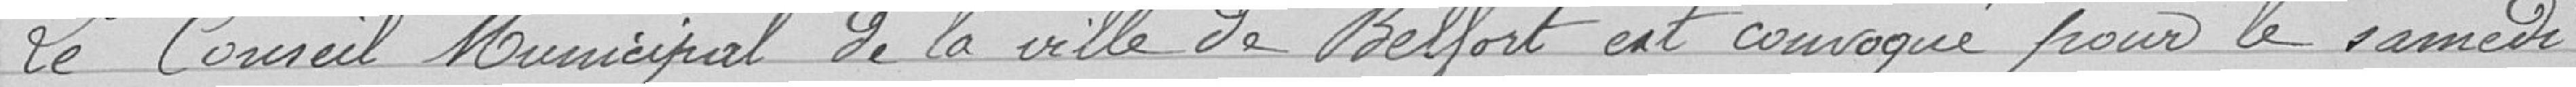
Le Conseil Municipal de la ville de Belfort est convoqué pour le samedi